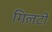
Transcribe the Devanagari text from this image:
गिलटी